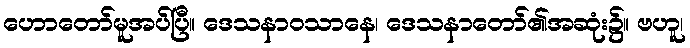
ဟောတော်မူအပ်ပြီ။ ဒေသနာဝသာနေ၊ ဒေသနာတော်၏အဆုံး၌။ ဗဟူ၊